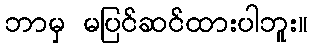
ဘာမှ မပြင်ဆင်ထားပါဘူး။